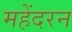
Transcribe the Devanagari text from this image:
महेंदरन